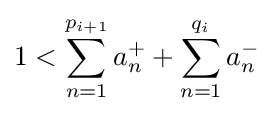
1<\sum _{n=1}^{p_{i+1}}a_{n}^{+}+\sum _{n=1}^{q_{i}}a_{n}^{-}